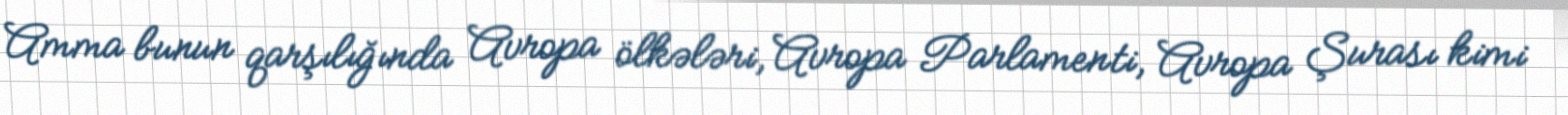
Amma bunun qarşılığında Avropa ölkələri, Avropa Parlamenti, Avropa Şurası kimi